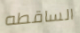
الساقطه